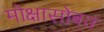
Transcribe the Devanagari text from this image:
मोक्षासोबत